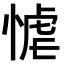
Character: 𭝬